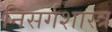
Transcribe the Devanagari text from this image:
निसर्गशास्त्र